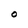
Character: O